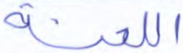
اللعنة